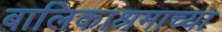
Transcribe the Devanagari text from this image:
बालिकाश्रमाच्या